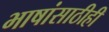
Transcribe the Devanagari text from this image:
भाषांसाठीही